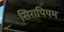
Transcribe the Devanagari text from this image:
सिरापियम